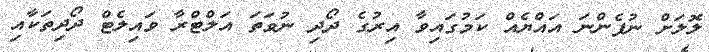
ލޮލަށް ނުފެންނަ އައްޔެއް ކަމުގައިވާ އިރުގެ ދޯދި ނުވަތަ އަލްޓްރާ ވައިލެޓް ދޯދިތަކާއި